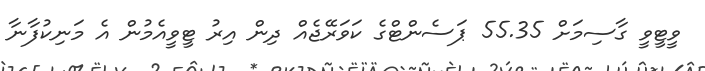
ވީޓީވީ ގާސިމަށް 55.35 ޕަސެންޓްގެ ކަވަރޭޖެއް ދިން އިރު ޓީވީއެމުން އެ މަނިކުފާނާ